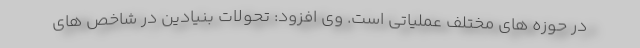
در حوزه های مختلف عملیاتی است. وی افزود: تحولات بنیادین در شاخص های